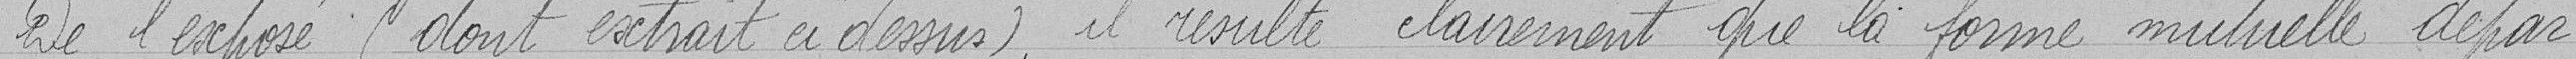
De l'exposé (dont extrait ci-dessus), il résulte clairement que la forme mutuelle dépar-